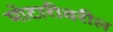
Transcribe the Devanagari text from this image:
मोटारीवरील